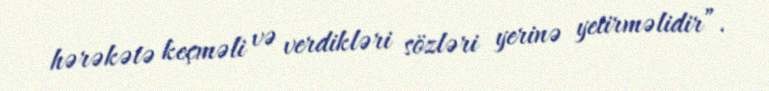
hərəkətə keçməli və verdikləri sözləri yerinə yetirməlidir”.